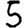
Digit: 5